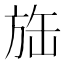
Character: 𱡲